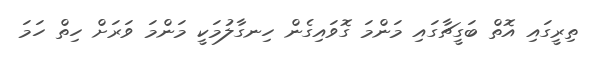
ތިރީގައި އޮތް ބަގީޗާގައި މަންމަ ގޮވައިގެން ހިނގާލުމަކީ މަންމަ ވަރަށް ހިތް ހަމަ